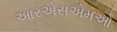
આરએસએમઓ